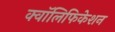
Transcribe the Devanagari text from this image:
क्वॉलिफिकेशन